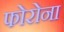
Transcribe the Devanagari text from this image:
फोरोना